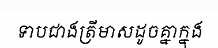
ទាបជាងត្រីមាសដូចគ្នាក្នុង